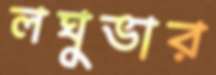
লঘুভার